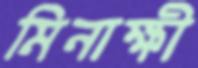
মিনাক্ষী